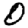
Digit: 0